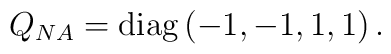
Q_{NA} = \rm{diag}\,(-1,-1,1,1)  \, .